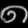
Digit: ၈